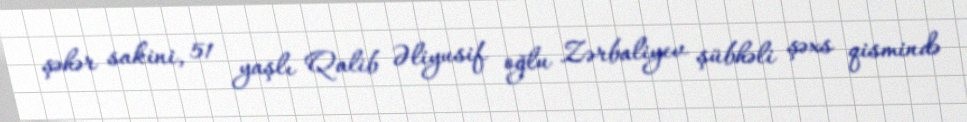
şəhər sakini, 51 yaşlı Qalib Əliyusif oğlu Zərbaliyev şübhəli şəxs qismində